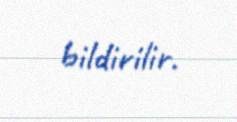
bildirilir.